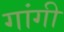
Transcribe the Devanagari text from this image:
गांगी